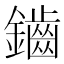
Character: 鑡